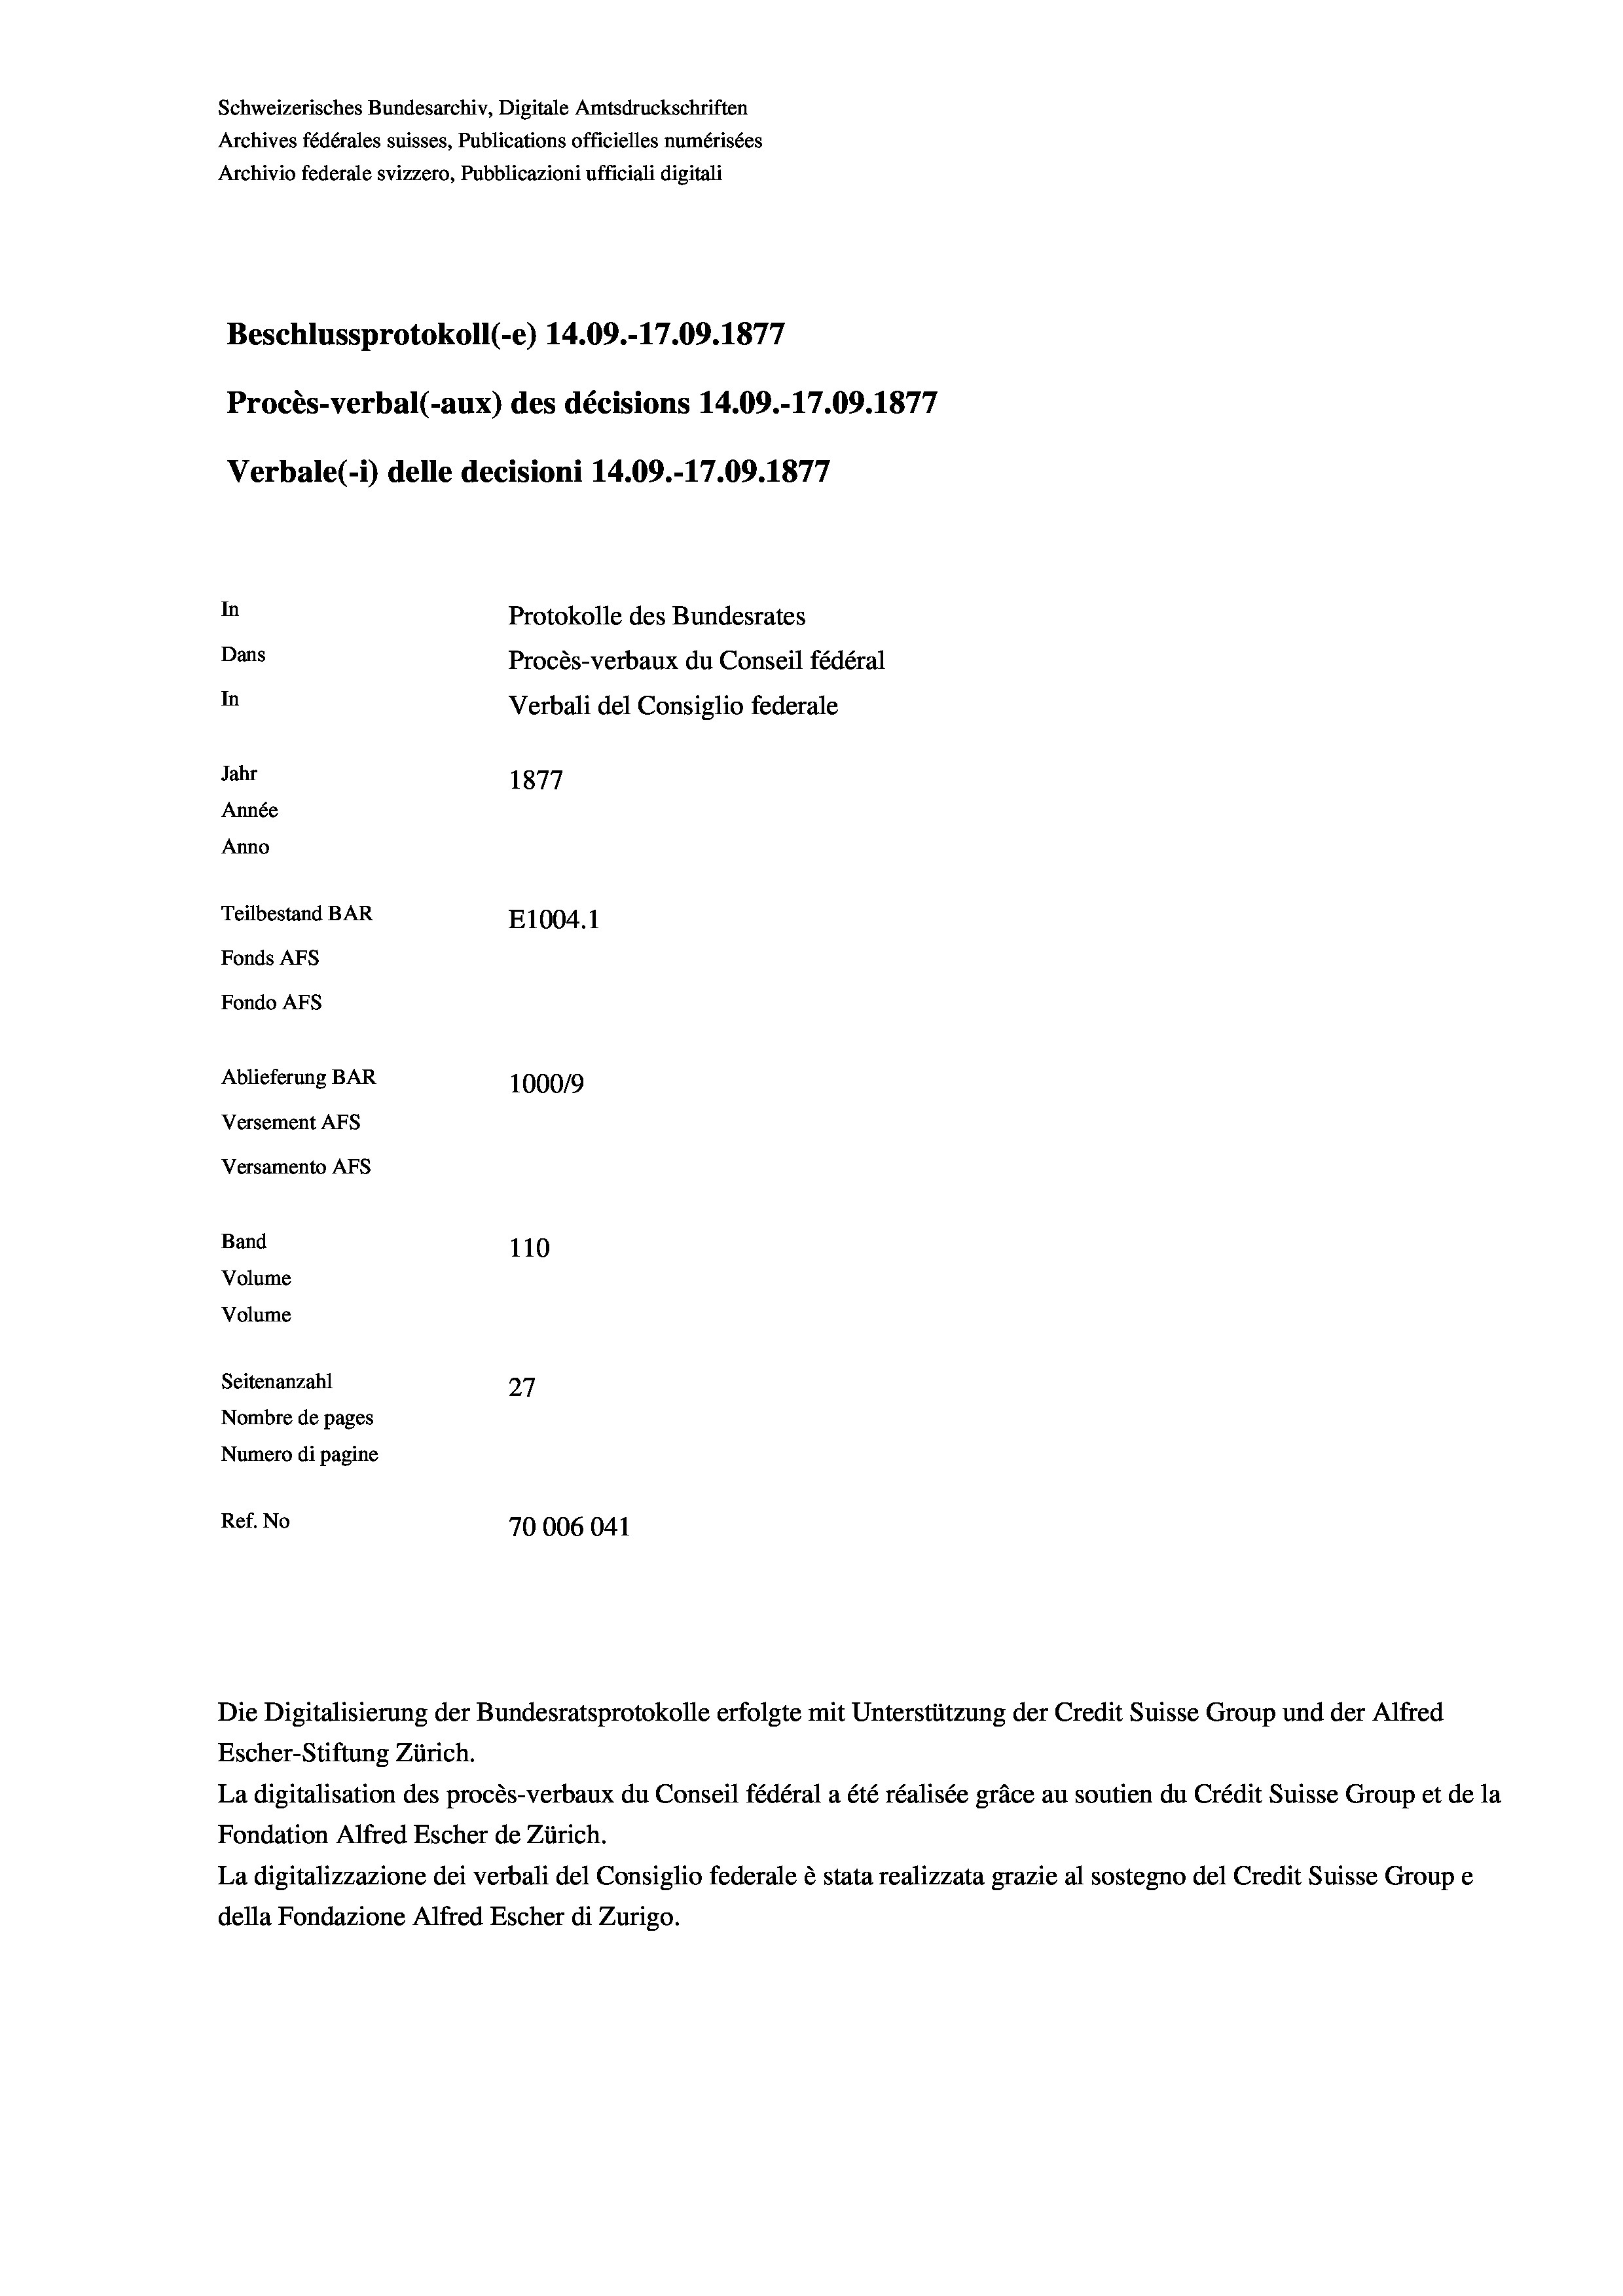
Schweizerisches Bundesarchiv, Digitale Amtsdruckschriften
Archives fédérales suisses, Publications officielles numérisées
Archivio federale svizzero, Pubblicazioni ufficiali digitali
Beschlussprotokoll (-e) 14.09.-17.09. 1877
Procès-verbal (-aux) des décisions 14.09.-17.09. 1877
Verbale (- 1) delle decisioni 14.09.-17.09. 1877
In
Protokolle des Bundesrates
Dans
Procès-verbaux du Conseil fédéral
In
Verbali del Consiglio federale
Jahr
1877
Année
Anno
Teilbestand BAR
E1004. 1
Fonds AEs
Fondo Afs
Ablieferung BAR
100019
Versement AFs
Versamento Afs
Band
110
Volume

Volume
Seitenanzahl
27
Nombre de pages
Numero di pagine
Ref. No
70006041

Escher-Stiftung Zürich.
La digitalisation des procès-verbaux du Conseil fédéral a été réalisée gräce au soutien du Crédit Suisse Group et de la
Fondation Alfred Escher de Zürich.
La digitalizzazione dei verbali del Consiglio federale è stata realizzata grazie al sostegno del Credit Suisse Groupe
della Fondazione Alfred Escher di Zurigo.

Die Digitalisierung der Bundesratsprotokolle erfolgte mit Unterstützung der Credit Suisse Group und der Alfred